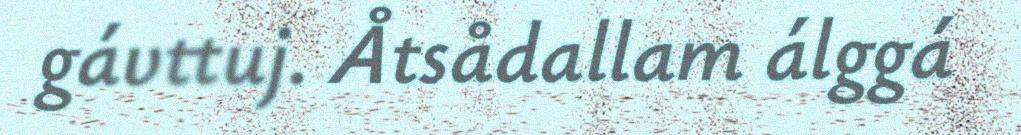
gávttuj. Åtsådallam álggá